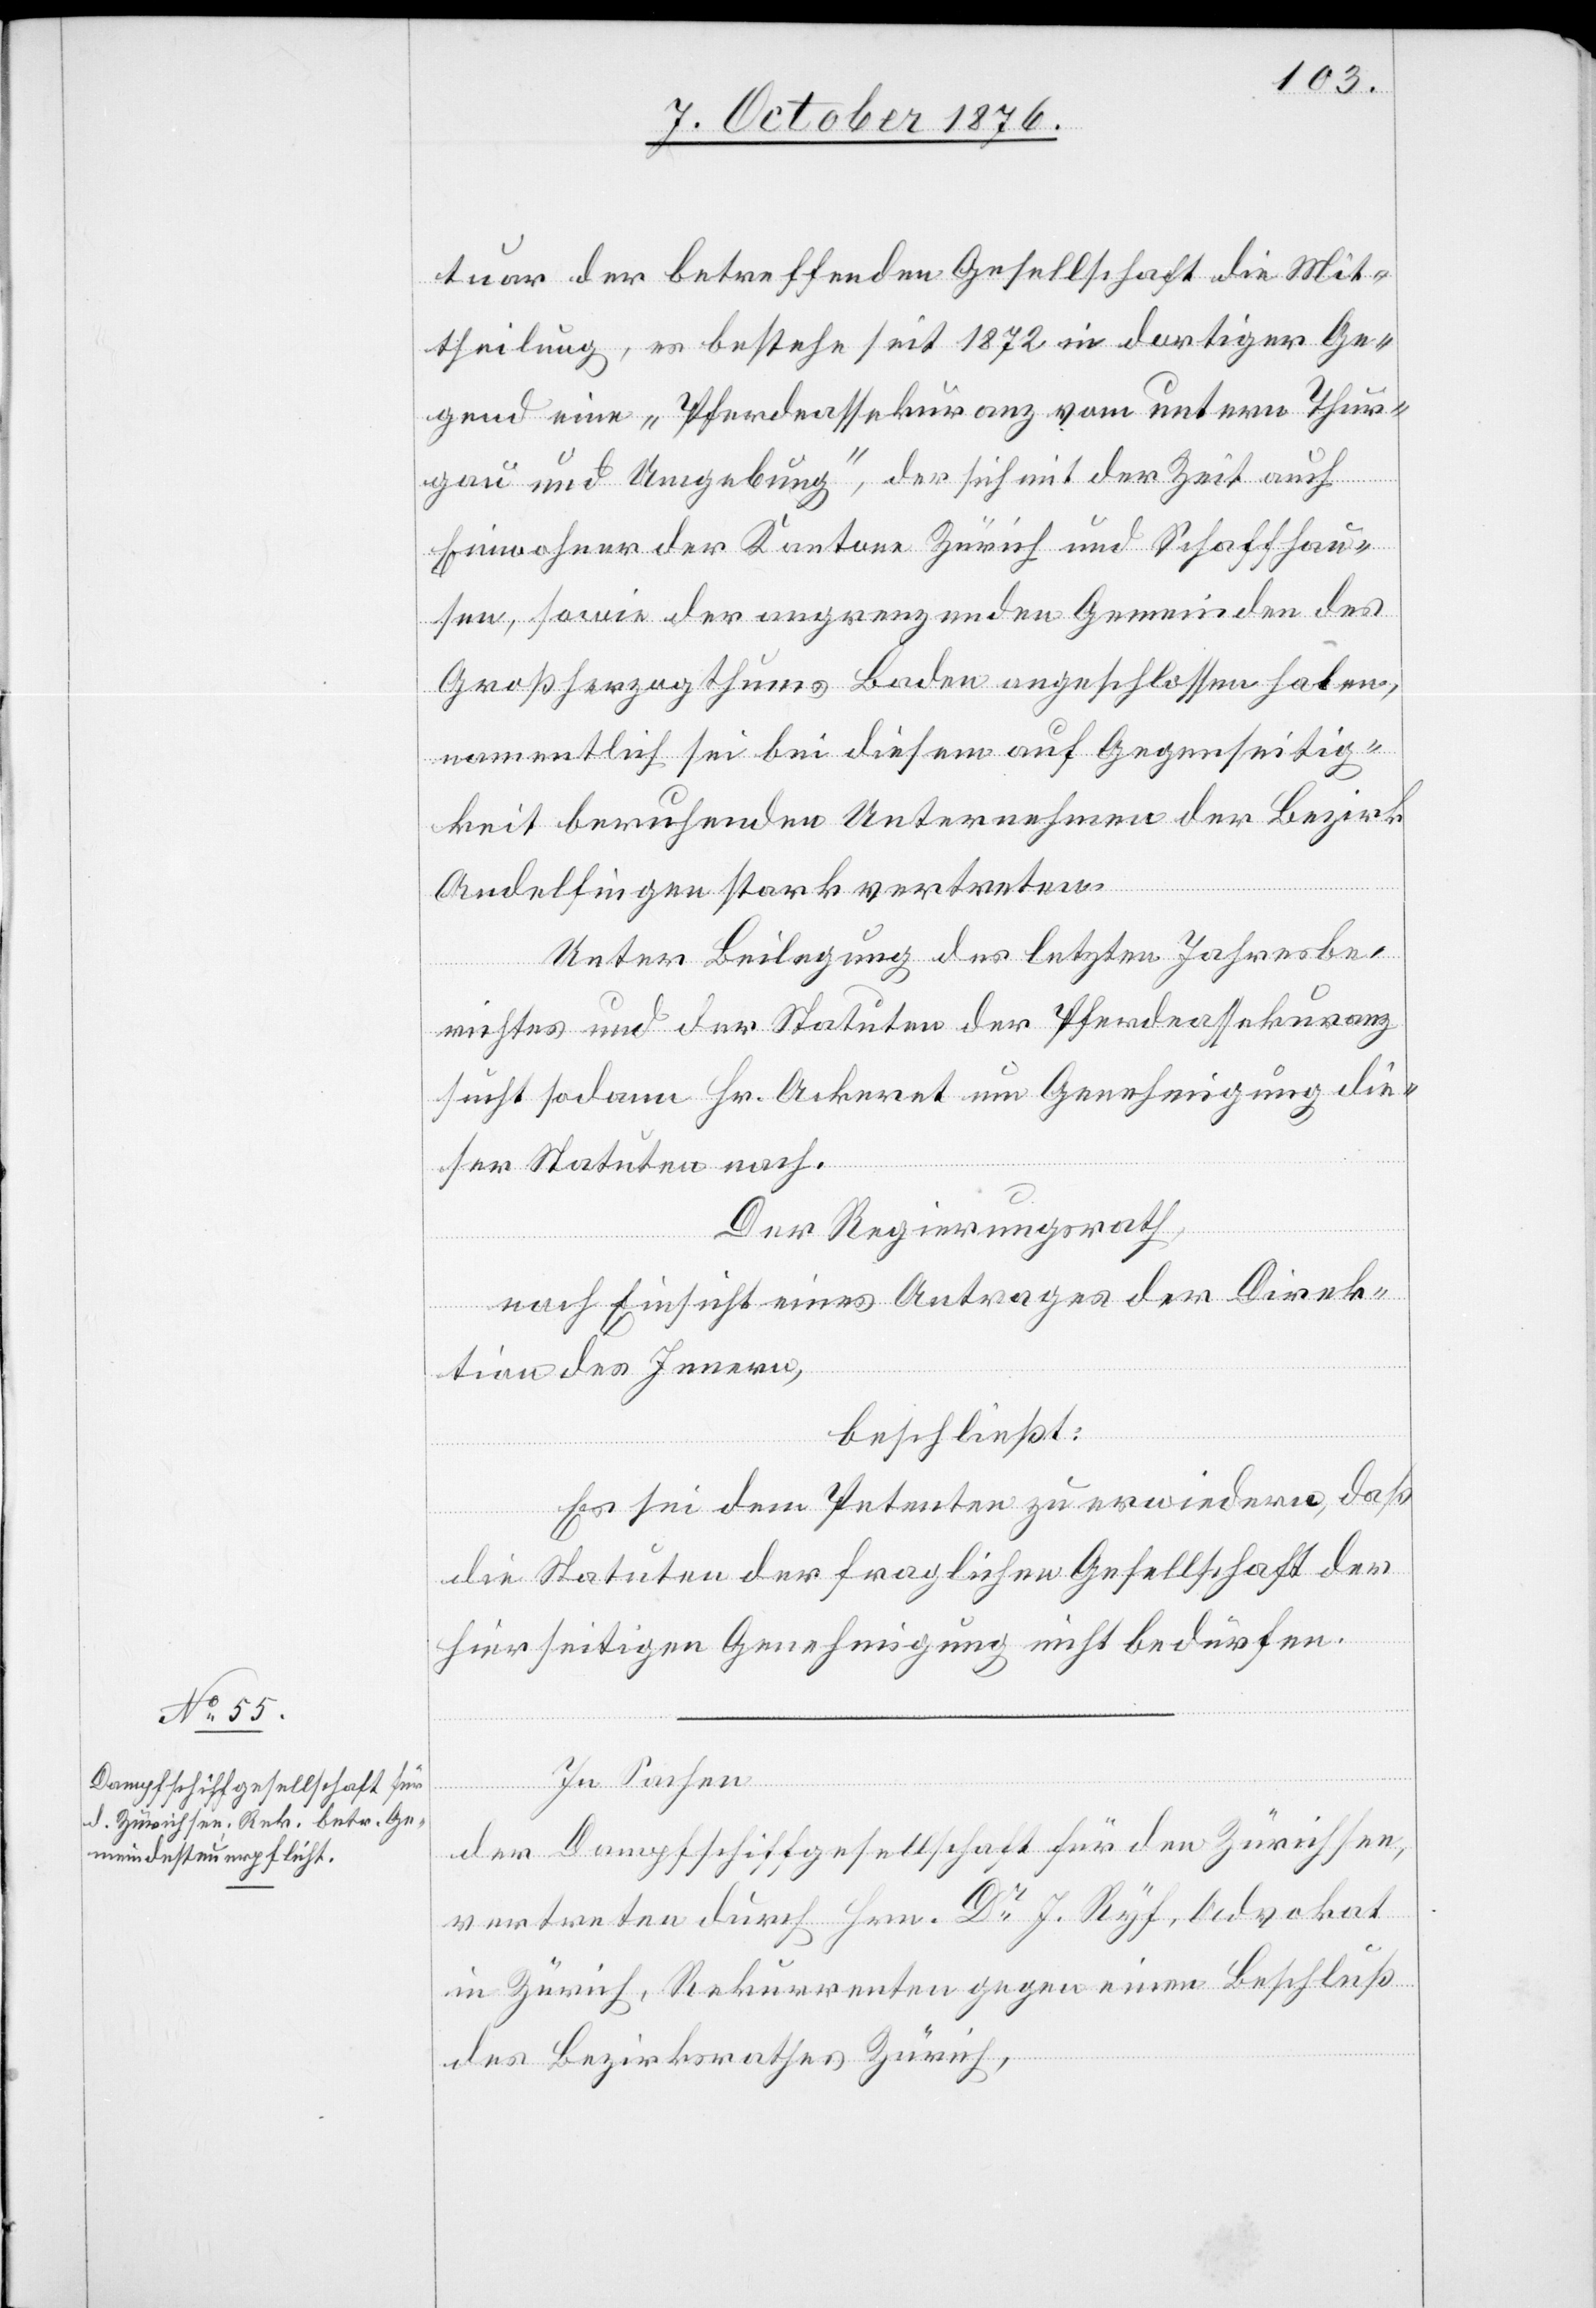
tuar der betreffenden Gesellschaft die Mit¬
theilung, es bestehe seit 1872 in dortiger Ge¬
gend eine „Pferdeassekuranz vom untern Thur¬
gau und Umgebung“, der sich mit der Zeit auch
Einwohner der Kantone Zürich und Schaffhau¬
sen, sowie der angrenzenden Gemeinden des
Großherzogthums Baden angeschlossen haben,
namentlich sei bei diesem auf Gegenseitig¬
keit beruhenden Unternehmen der Bezirk
Andelfingen stark vertreten.
Unter Beilegung des letzten Jahresbe¬
richtes und der Statuten der Pferdeassekuranz
sucht sodann Hr. Ackeret um Genehmigung die¬
ser Statuten nach.
Der Regierungsrath,
nach Einsicht eines Antrages der Direk¬
tion des Innern,
beschließt:
Es sei dem Petenten zu erwiedern, daß
die Statuten der fraglichen Gesellschaft der
hierseitigen Genehmigung nicht bedürfen.
der Dampfschiffgesellschaft für den Zürichsee,
vertreten durch Hrn. Dr J. Ryf, Advokat
in Zürich, Rekurrenten gegen einen Beschluß
des Bezirksrathes Zürich,